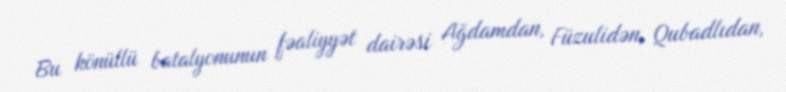
Bu könüllü batalyonunun fəaliyyət dairəsi Ağdamdan, Füzulidən, Qubadlıdan,